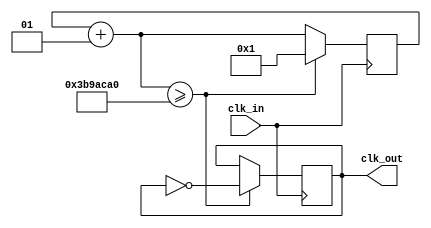
`timescale 1ns / 1ps
//////////////////////////////////////////////////////////////////////////////////
// Company: 
// 
// Design Name: 
// Module Name: seqFSM
// Project Name: 
// Target Devices: 
// Tool Versions: 
// Description: 
// 
// Dependencies: 
// 
// Revision:
// Revision 0.01 - File Created
// Additional Comments:
// 
//////////////////////////////////////////////////////////////////////////////////


module clkDivider #(
    parameter divider = 62500000
    )
    
    (
    input wire clk_in,
    output wire clk_out
    );

    reg clock_out = 0;
    integer count = 1;
    
    always @(posedge clk_in) begin
    if (clk_in == 1) begin
        count = count + 1;
        if (count >= divider) begin
            clock_out = ~clock_out;
            count = 1;
        end
    end
    end

    assign clk_out = clock_out;
    
endmodule